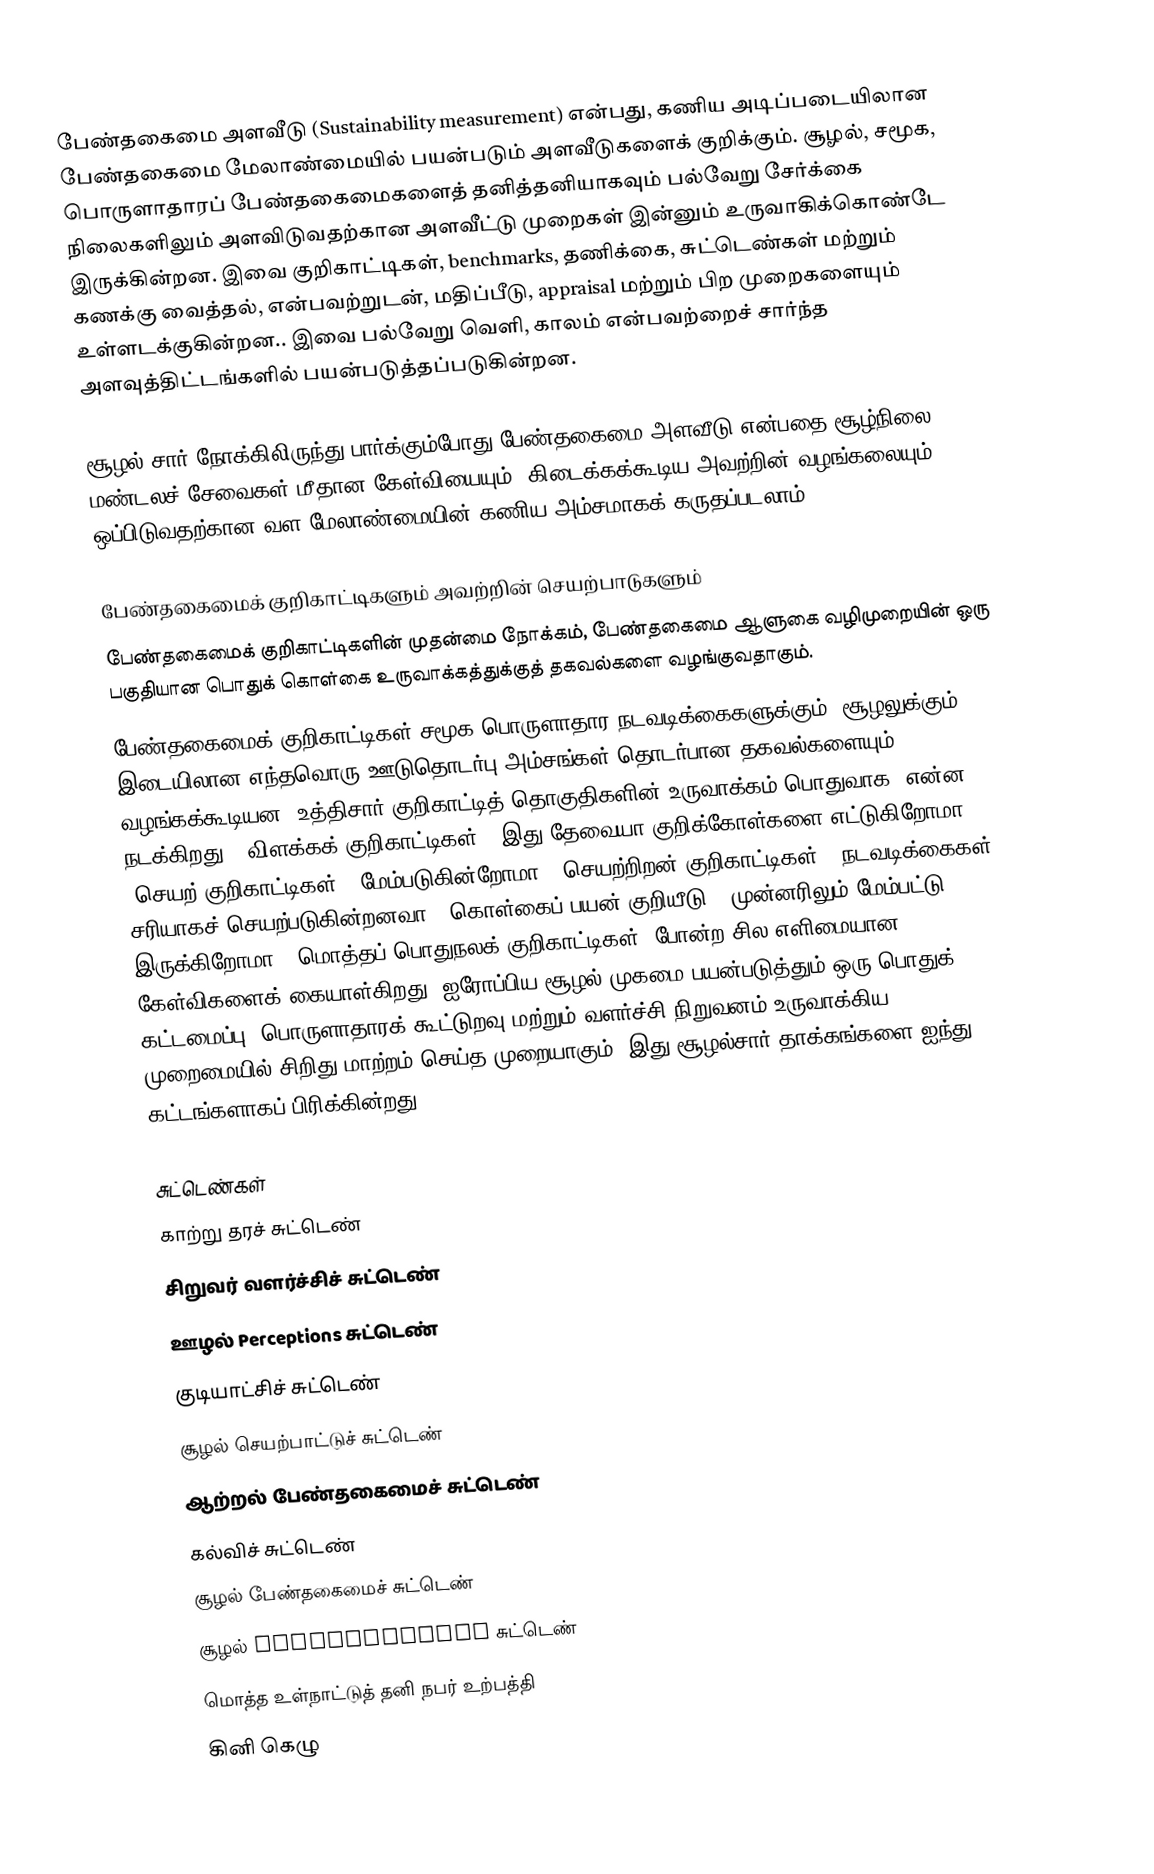
பேண்தகைமை அளவீடு (Sustainability measurement) என்பது, கணிய அடிப்படையிலான பேண்தகைமை மேலாண்மையில் பயன்படும் அளவீடுகளைக் குறிக்கும். சூழல், சமூக, பொருளாதாரப் பேண்தகைமைகளைத் தனித்தனியாகவும் பல்வேறு சேர்க்கை நிலைகளிலும் அளவிடுவதற்கான அளவீட்டு முறைகள் இன்னும் உருவாகிக்கொண்டே இருக்கின்றன. இவை குறிகாட்டிகள், benchmarks, தணிக்கை, சுட்டெண்கள் மற்றும் கணக்கு வைத்தல், என்பவற்றுடன், மதிப்பீடு, appraisal மற்றும் பிற முறைகளையும் உள்ளடக்குகின்றன.. இவை பல்வேறு வெளி, காலம் என்பவற்றைச் சார்ந்த அளவுத்திட்டங்களில் பயன்படுத்தப்படுகின்றன.

சூழல் சார் நோக்கிலிருந்து பார்க்கும்போது பேண்தகைமை அளவீடு என்பதை சூழ்நிலை மண்டலச் சேவைகள் மீதான கேள்வியையும், கிடைக்கக்கூடிய அவற்றின் வழங்கலையும் ஒப்பிடுவதற்கான வள மேலாண்மையின் கணிய அம்சமாகக் கருதப்படலாம்.

பேண்தகைமைக் குறிகாட்டிகளும் அவற்றின் செயற்பாடுகளும்
பேண்தகைமைக் குறிகாட்டிகளின் முதன்மை நோக்கம், பேண்தகைமை ஆளுகை வழிமுறையின் ஒரு பகுதியான பொதுக் கொள்கை உருவாக்கத்துக்குத் தகவல்களை வழங்குவதாகும்.
பேண்தகைமைக் குறிகாட்டிகள் சமூக-பொருளாதார நடவடிக்கைகளுக்கும், சூழலுக்கும் இடையிலான எந்தவொரு ஊடுதொடர்பு அம்சங்கள் தொடர்பான தகவல்களையும் வழங்கக்கூடியன. உத்திசார் குறிகாட்டித் தொகுதிகளின் உருவாக்கம் பொதுவாக, என்ன நடக்கிறது? (விளக்கக் குறிகாட்டிகள்), இது தேவையா குறிக்கோள்களை எட்டுகிறோமா? (செயற் குறிகாட்டிகள்), மேம்படுகின்றோமா? (செயற்றிறன் குறிகாட்டிகள்), நடவடிக்கைகள் சரியாகச் செயற்படுகின்றனவா? (கொள்கைப் பயன் குறியீடு), முன்னரிலும் மேம்பட்டு இருக்கிறோமா? (மொத்தப் பொதுநலக் குறிகாட்டிகள்) போன்ற சில எளிமையான கேள்விகளைக் கையாள்கிறது. ஐரோப்பிய சூழல் முகமை பயன்படுத்தும் ஒரு பொதுக் கட்டமைப்பு, பொருளாதாரக் கூட்டுறவு மற்றும் வளர்ச்சி நிறுவனம் உருவாக்கிய DPSIR முறைமையில் சிறிது மாற்றம் செய்த முறையாகும். இது சூழல்சார் தாக்கங்களை ஐந்து கட்டங்களாகப் பிரிக்கின்றது.

சுட்டெண்கள்
 காற்று தரச் சுட்டெண்
 சிறுவர் வளர்ச்சிச் சுட்டெண்
 ஊழல் Perceptions சுட்டெண்
 குடியாட்சிச் சுட்டெண்
 சூழல் செயற்பாட்டுச் சுட்டெண்
 ஆற்றல் பேண்தகைமைச் சுட்டெண்
 கல்விச் சுட்டெண்
 சூழல் பேண்தகைமைச் சுட்டெண்
 சூழல் Vulnerability சுட்டெண்
 மொத்த உள்நாட்டுத் தனி நபர் உற்பத்தி
 கினி கெழு
 Gender Parity Index